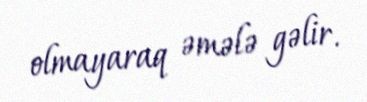
olmayaraq əmələ gəlir.